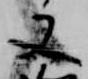
又